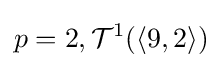
p=2,{\mathcal {T}}^{1}(\langle 9,2\rangle )